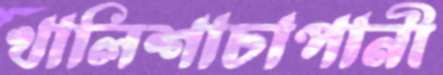
খালিশাচাপানী